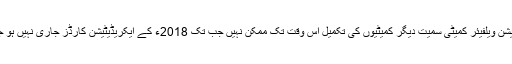
فائونڈیشن ویلفیئر کمیٹی سمیت دیگر کمیٹیوں کی تکمیل اس وقت تک ممکن نہیں جب تک 2018ء کے ایکریڈیٹیشن کارڈز جاری نہیں ہو جاتے ۔